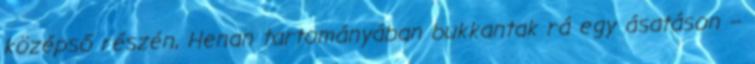
középső részén, Henan tartományában bukkantak rá egy ásatáson –